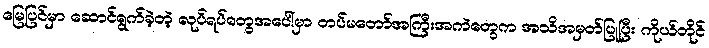
မြေပြင်မှာ ဆောင်ရွက်ခဲ့တဲ့ လုပ်ရပ်တွေအပေါ်မှာ တပ်မတော်အကြီးအကဲတွေက အသိအမှတ်ပြုပြီး ကိုယ်တိုင်